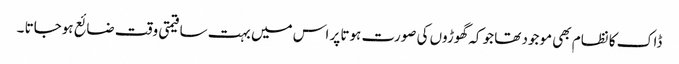
ڈاک کا نظام بھی موجود تھا جو کہ گھوڑوں کی صورت ہوتا پر اس میں بہت سا قیمتی وقت ضائع ہوجاتا ۔